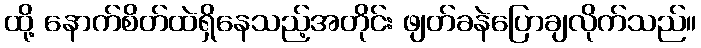
ထို့ နောက်စိတ်ထဲရှိနေသည့်အတိုင်း ဖျတ်ခနဲပြောချလိုက်သည်။